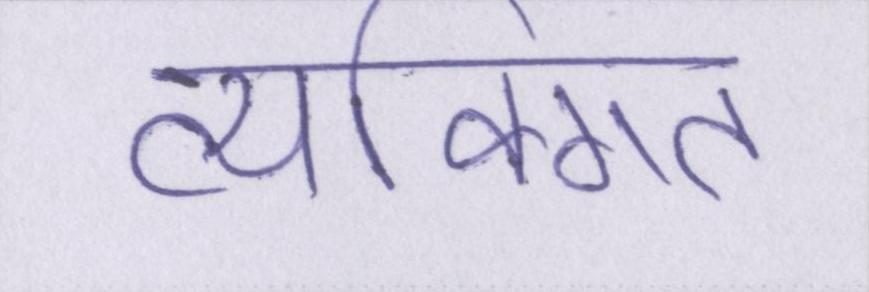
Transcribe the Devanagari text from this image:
व्यक्गित